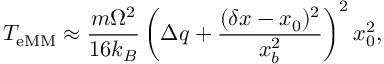
T _ { \mathrm { e M M } } \approx \frac { m \Omega ^ { 2 } } { 1 6 k _ { B } } \left( \Delta q + \frac { ( \delta x - x _ { 0 } ) { } ^ { 2 } } { x _ { b } ^ { 2 } } \right) ^ { 2 } x _ { 0 } ^ { 2 } ,